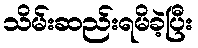
သိမ်းဆည်းရမိခဲ့ပြီး